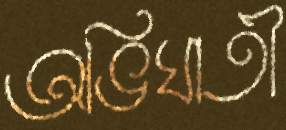
অভিঘাতী